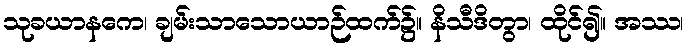
သုခယာနကေ၊ ချမ်းသာသောယာဉ်ထက်၌။ နိသီဒိတွာ၊ ထိုင်၍။ အဿ၊